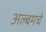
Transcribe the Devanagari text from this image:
अल्बमचे